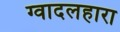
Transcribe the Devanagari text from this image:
ग्वादलहारा